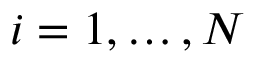
i = 1 , \ldots , N